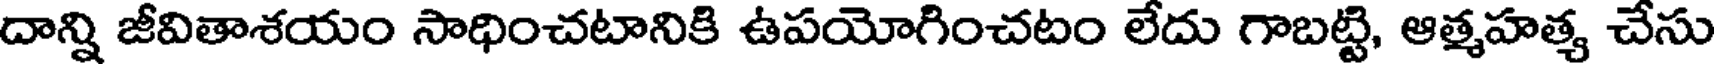
దాన్ని జీవితాశయం సాధించటానికి ఉపయోగించటం లేదు గాబట్టి, ఆత్మహత్య చేసు